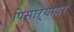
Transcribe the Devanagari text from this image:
पिसाऱ्यावर